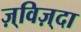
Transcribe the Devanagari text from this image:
ज़्विज़्दा